Annual report on the working of the lock hospitals in the Central Provinces
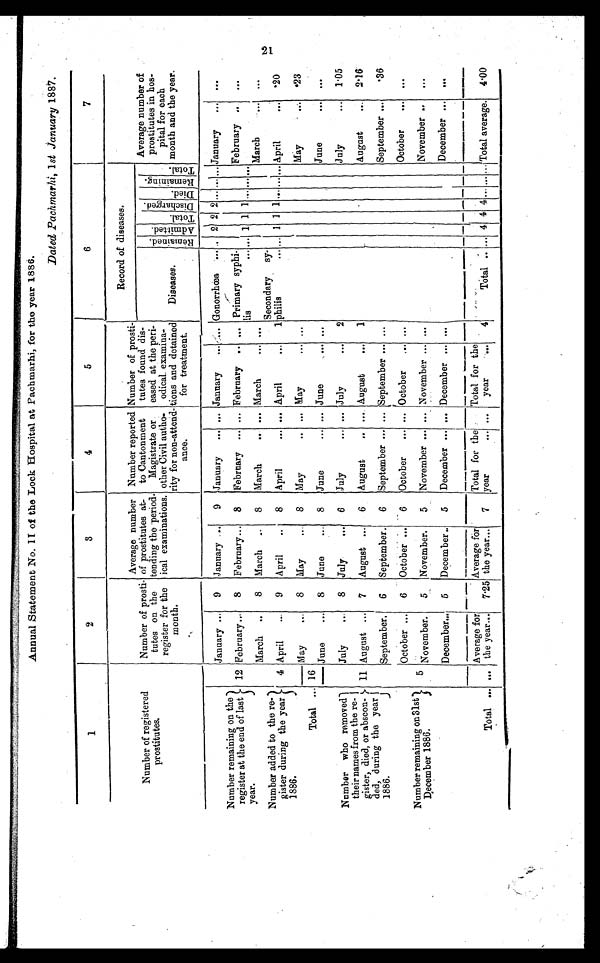
Annual Statement No. II of the Lock Hospital at Pachmarhi, for the year 1886.
Dated Pachmarhi, 1 st January 1887.
1
2
3
4
5
6
7
Number of registered
prostitutes.
Number of prosti
tutes on the
register for the
month.
Average number
of prostitutes at
tending the period
ical examinations.
Number reported
to Cantonment
Magistrate or
other Civil autho
rity for non-attend
ance.
Number of prosti
tutes found dis
eased at the peri
odical examina
tions and detained
for treatment.
Record of diseases.
Average number of
prostitutes in hos
pital for each
month and the year.
Diseases.
R e m a i n e d .
A d m i t t e d .
T o t a l .
D i s c h a r g e d .
Di e d .
R e m a i n i n g . T o t a l .
Number remaining on the
register at the end of last
year.
January ...
9 January ...
9 January
... ... January
... .... Gonorrhœa ... ... 2 2
2 . . . . . . . . .
January
...
. . .
12 February ...
8
February... 8
February ... ... February ... ... Primary syphi
lis
... ... 1 1 1 ... ... . . .
February ..
...
March ..
8 March ..
8
March
.. ... March ...
. . .
March
...
. . .
Number added to the re
gister during the year
1886.
4 April
... 9 April
..
8 April
... ... April
...
1
Secondary sy
philis
... . . . 1 1 1 ... ... ... April
...
· 20
May
... 8 May
... 8 May
.. ... May
... . . .
M a y
. . .
· 23
Total ... 16
June
...
8 June
... 8 June
... ... June ...
. . .
June
. . .
. . .
Number who removed
their names from the re
gister, died, or abscon
ded, during the year
1886.
July
... 8 July
... 6 July
... ... July ...
2
July
... 1·05
11 August ... 7 August ... 6 August .. ... August
...
1
August
... 2·16
September.
6 September. 6 September ... ... September ... ...
September ...
·36
Number remaining on 31st
D ecember 1886.
October ...
6 October ... 6 October
... ... October
...
. . .
October
...
. . .
5 November.
5 November.
5 November ... ... November ... ...
November ... ...
December... 5 December .. 5 December ... ... December ... ...
December ...
. . .
Total ... ...
Average for
the year... 7·25
Average for
the year...
7
Total for the
year
... ...
Total for the
year ...
. . .
Total .. ... 4 4 4 ... ... . . . Total average. 4 .00
21